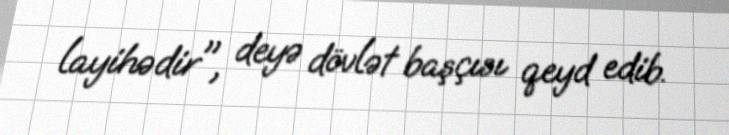
layihədir", deyə dövlət başçısı qeyd edib.